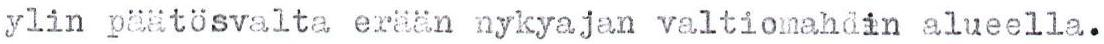
ylin päätösvalta erään nykyajan valtiomahdin alueella.